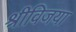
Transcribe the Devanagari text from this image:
श्रीविजया